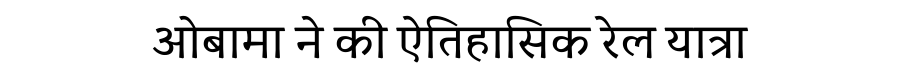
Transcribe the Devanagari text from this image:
ओबामा ने की ऐतिहासिक रेल यात्रा